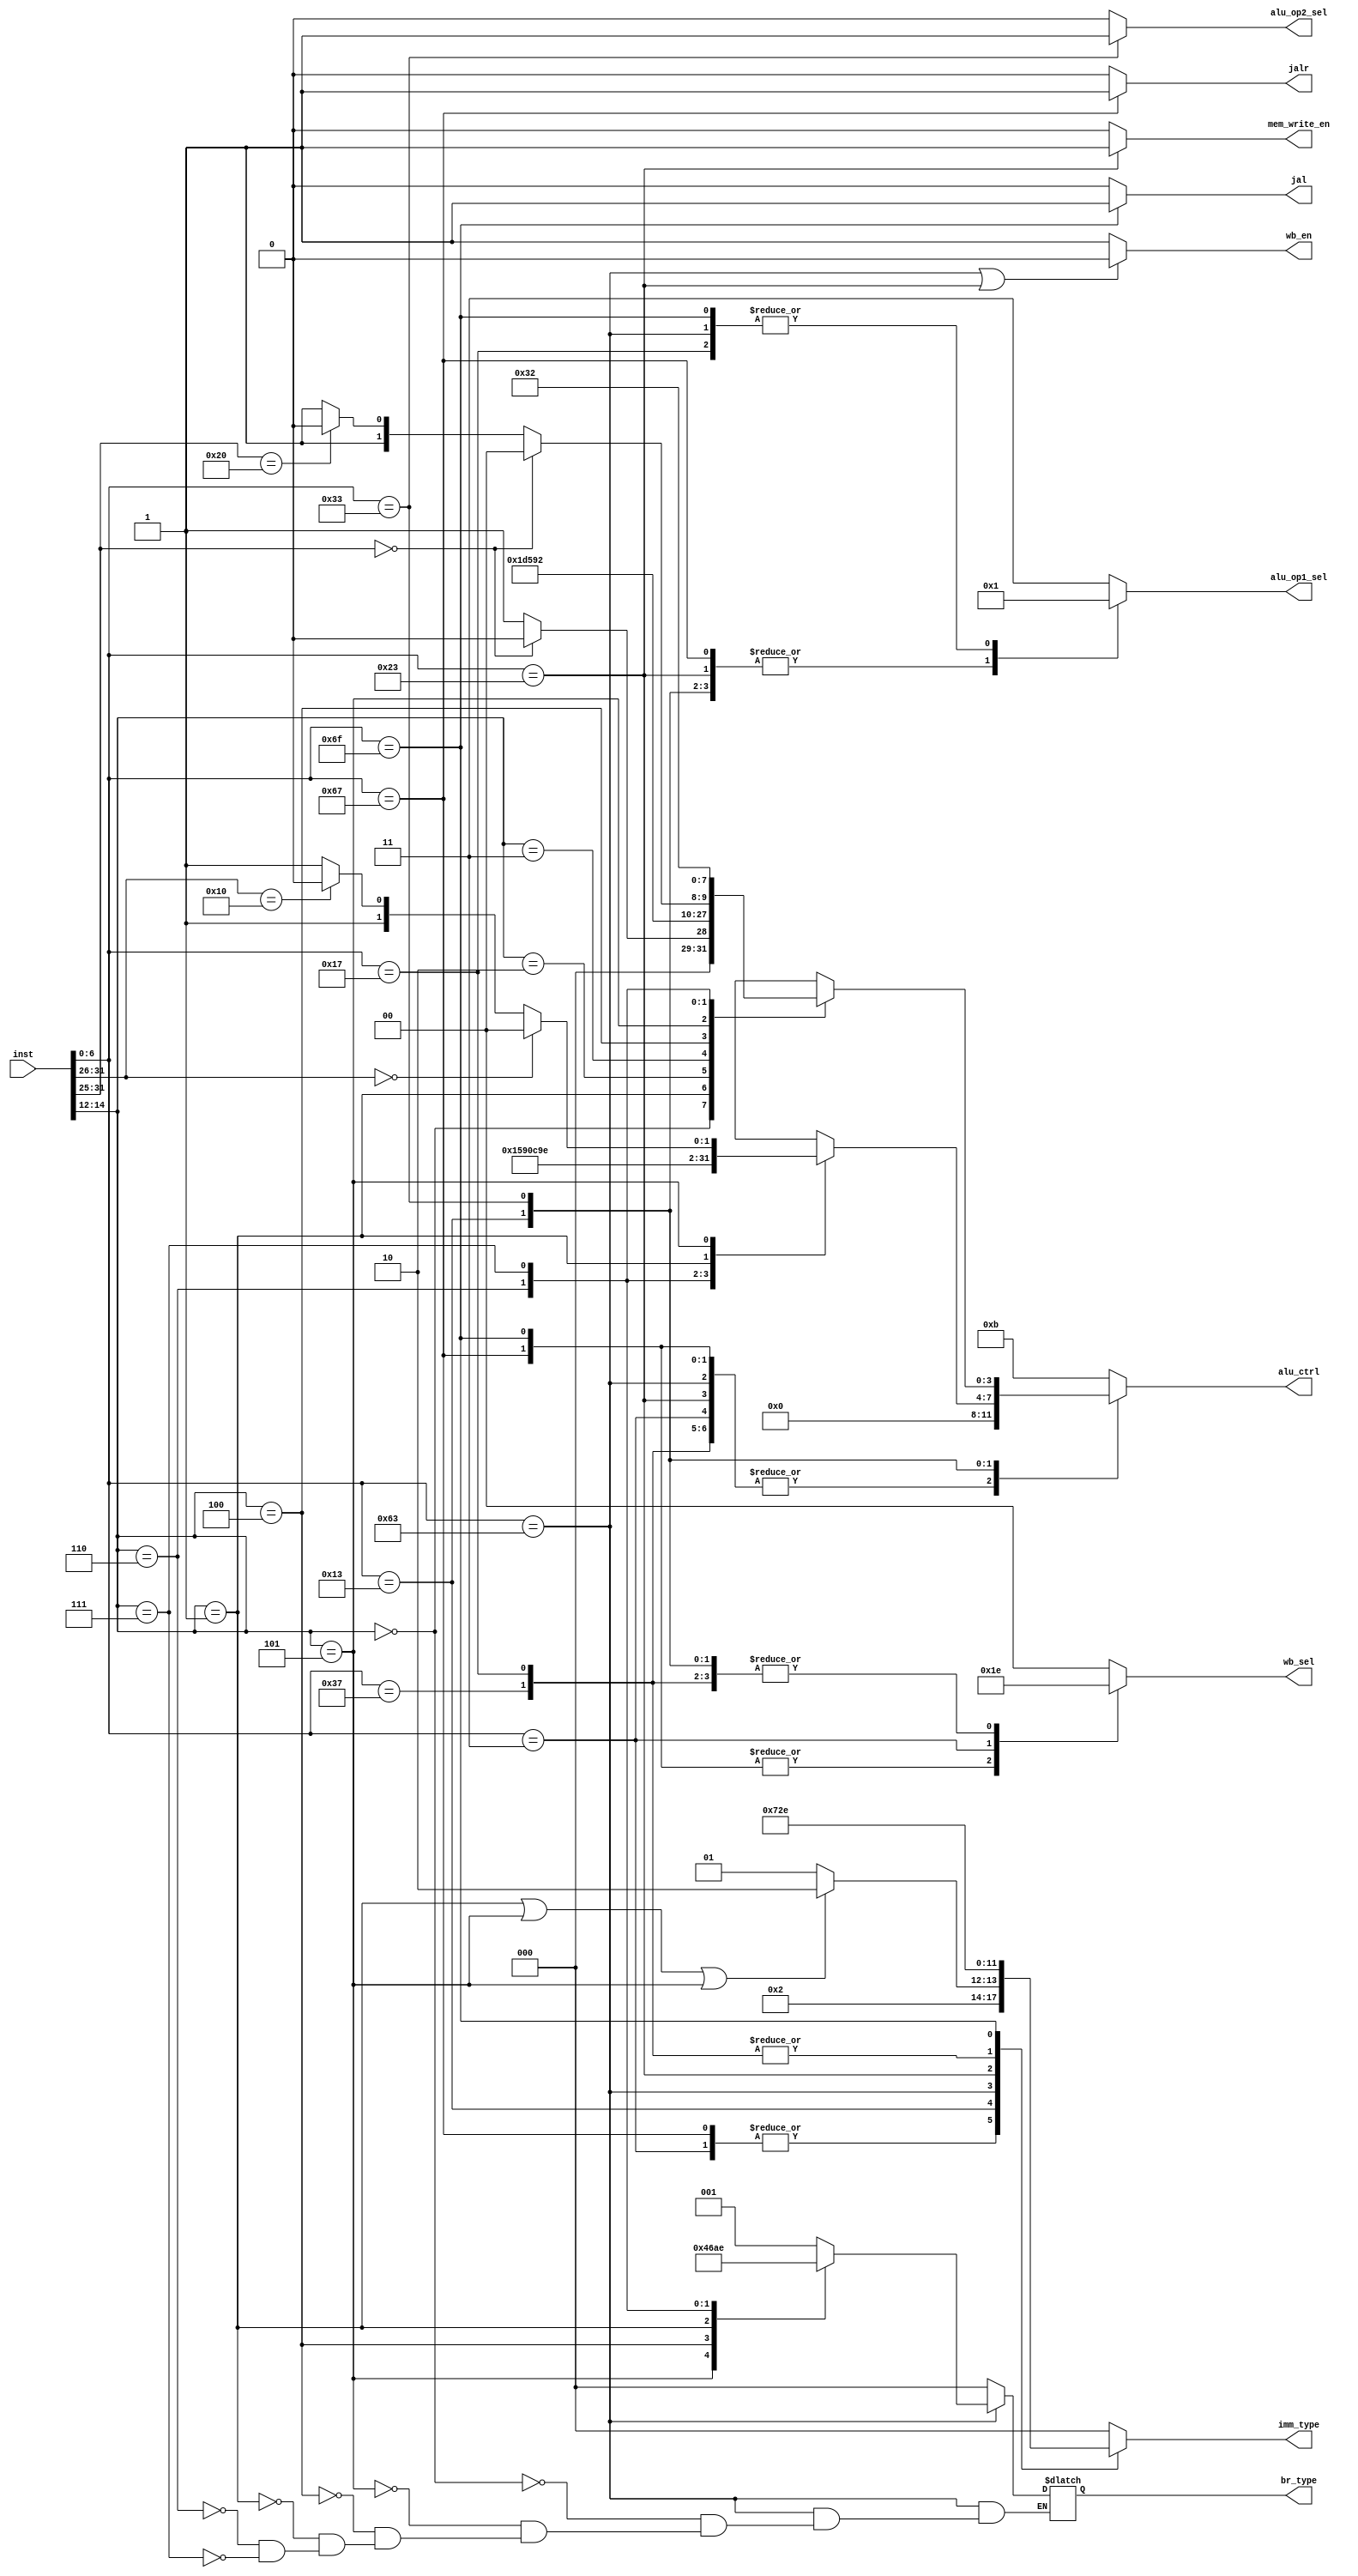
`timescale 1ns / 1ps

module CTRL(
input [31:0] inst,
output reg jal,
output reg jalr,
output reg [2:0] br_type,
output reg wb_en,
output reg [1:0] wb_sel,
output reg [1:0] alu_op1_sel,
output reg alu_op2_sel,
output reg [3:0] alu_ctrl,
output reg [2:0] imm_type,
output reg mem_write_en
);

//ALU
parameter alu_add=4'd0;
parameter alu_sub=4'd1;
parameter alu_and=4'd2;
parameter alu_or=4'd3;
parameter alu_xor=4'd4;
parameter alu_compare=4'd5;
parameter alu_compare_u=4'd6;
parameter alu_left_logic=4'd7;
parameter alu_right_logic=4'd8;
parameter alu_left_count=4'd9;
parameter alu_right_count=4'd10;
parameter alu_wrong_input=4'd11;

//
parameter write_back_choose_NAN=2'd0;
parameter write_back_choose_pc_add4=2'd1;
parameter write_back_choose_alu_res=2'd2;
parameter write_back_choose_mem_read_data=2'd3;

//ALUop1
parameter op1_choose_rd0=2'd0;
parameter op1_choose_pc=2'd1;
parameter op1_choose_zero=2'd3;

//ALUop2
parameter op2_choose_rd1=1;
parameter op2_choose_imm=0;

//imm
parameter imm_type_I=4'd1;
parameter imm_type_Ishamt=4'd2;
parameter imm_type_B=4'd3;
parameter imm_type_S=4'd4;
parameter imm_type_U=4'd5;
parameter imm_type_J=4'd6;
parameter imm_type_NAN=4'd0;

//br
parameter br_type_NAN=3'd0;
parameter br_type_beq=3'd1;
parameter br_type_bne=3'd2;
parameter br_type_blt=3'd3;
parameter br_type_bge=3'd4;
parameter br_type_bltu=3'd5;
parameter br_type_bgeu=3'd6;

//
parameter op1_U_lui=7'b0110111;
parameter op1_U_auipc=7'b0010111;
parameter op1_J_jal=7'b1101111;
parameter op1_I_jalr=7'b1100111;
parameter op1_I_type1=7'b0000011;
parameter op1_I_type2=7'b0010011;
parameter op1_B=7'b1100011;
parameter op1_S=7'b0100011;
parameter op1_R=7'b0110011;

parameter op2_I_type1_lw=3'b010;
parameter op2_I_type2_addi=3'b000;
parameter op2_I_type2_slti=3'b010;
parameter op2_I_type2_sltiu=3'b011;
parameter op2_I_type2_xori=3'b100;
parameter op2_I_type2_ori=3'b110;
parameter op2_I_type2_andi=3'b111;
parameter op2_Ishamt_slli=3'b001;
parameter op2_Ishamt_srli=3'b101;
parameter op2_Ishamt_srai=3'b101;
parameter op2_B_beq=3'b000;
parameter op2_B_bne=3'b001;
parameter op2_B_blt=3'b100;
parameter op2_B_bge=3'b101;
parameter op2_B_bltu=3'b110;
parameter op2_B_bgeu=3'b111;
parameter op2_S_sw=3'b010;
parameter op2_R_add=3'b000;
parameter op2_R_sub=3'b000;
parameter op2_R_sll=3'b001;
parameter op2_R_slt=3'b010;
parameter op2_R_sltu=3'b011;
parameter op2_R_xor=3'b100;
parameter op2_R_srl=3'b101;
parameter op2_R_sra=3'b101;
parameter op2_R_or=3'b110;
parameter op2_R_and=3'b111;

parameter op3_Ishamt_srli=6'b000000;
parameter op3_Ishamt_srai=6'b010000;
parameter op3_R_add=7'b0000000;
parameter op3_R_sub=7'b0100000;
parameter op3_R_srl=7'b0000000;
parameter op3_R_sra=7'b0100000;
parameter op3_R_else=7'b0000000;

always@(*)
begin
    //jal
    begin
        if(inst[6:0]==op1_J_jal)
        jal = 1;
        else
        jal = 0;
    end

    //jalr
    begin
        if(inst[6:0]==op1_I_jalr)
        jalr = 1;
        else
        jalr = 0;
    end
    //br_type
    begin
    if(inst[6:0]==op1_B)
    begin
        case(inst[14:12])
        op2_B_beq:br_type = br_type_beq;
        op2_B_bge:br_type = br_type_bge;
        op2_B_blt:br_type = br_type_blt;
        op2_B_bne:br_type = br_type_bne;
        op2_B_bltu:br_type = br_type_bltu;
        op2_B_bgeu:br_type = br_type_bgeu;
        endcase
    end
    else 
    br_type = br_type_NAN;
    end

    //wb_en
    begin
      if(inst[6:0]==op1_B|inst[6:0]==op1_S)
      wb_en = 0;
      else
      wb_en = 1;
    end

    //wb_sel
    begin
      case(inst[6:0])
      op1_B:wb_sel = write_back_choose_NAN;
      op1_S:wb_sel = write_back_choose_NAN;
      op1_U_lui:wb_sel = write_back_choose_alu_res;
      op1_U_auipc:wb_sel = write_back_choose_alu_res;
      op1_J_jal:wb_sel = write_back_choose_pc_add4;
      op1_I_jalr:wb_sel = write_back_choose_pc_add4;
      op1_I_type1:wb_sel = write_back_choose_mem_read_data;
      op1_I_type2:wb_sel = write_back_choose_alu_res;
      op1_R:wb_sel = write_back_choose_alu_res;
      default:wb_sel = write_back_choose_NAN;
      endcase
    end

    //alu_op1_sel
    begin
    case(inst[6:0])
    op1_I_jalr:alu_op1_sel = op1_choose_rd0;
    op1_I_type1:alu_op1_sel = op1_choose_rd0;
    op1_I_type2:alu_op1_sel = op1_choose_rd0;
    op1_R:alu_op1_sel = op1_choose_rd0;
    op1_S:alu_op1_sel = op1_choose_rd0;
    op1_B:alu_op1_sel = op1_choose_pc;
    op1_U_auipc:alu_op1_sel = op1_choose_pc;
    op1_U_lui:alu_op1_sel = op1_choose_zero;
    op1_J_jal:alu_op1_sel = op1_choose_pc;
    default:alu_op1_sel = op1_choose_zero;
    endcase  
    end

    //alu_op2_sel
    begin
    if(inst[6:0]==op1_R)
    alu_op2_sel = op2_choose_rd1;
    else
    alu_op2_sel = op2_choose_imm;
    end

    //alu_ctrl
    begin
      case(inst[6:0])
      op1_U_lui:alu_ctrl = alu_add;
      op1_U_auipc:alu_ctrl = alu_add;
      op1_J_jal:alu_ctrl = alu_add;
      op1_I_jalr:alu_ctrl = alu_add;
      op1_B:alu_ctrl = alu_add;
      op1_I_type1:alu_ctrl = alu_add;
      op1_S:alu_ctrl = alu_add;
      op1_I_type2:
        begin
        case(inst[14:12])
        op2_I_type2_addi:alu_ctrl = alu_add;
        op2_I_type2_slti:alu_ctrl = alu_compare;
        op2_I_type2_sltiu:alu_ctrl = alu_compare_u;
        op2_I_type2_xori:alu_ctrl = alu_xor;
        op2_I_type2_ori:alu_ctrl = alu_or;
        op2_I_type2_andi:alu_ctrl = alu_and;
        op2_Ishamt_slli:alu_ctrl = alu_left_logic;
        op2_Ishamt_srli:
        begin
            if(inst[31:26]==op3_Ishamt_srli)
            alu_ctrl = alu_right_logic;
            else if(inst[31:26]==op3_Ishamt_srai)
            alu_ctrl = alu_right_count;
            else 
            alu_ctrl = alu_wrong_input;
        end
        default:alu_ctrl = alu_wrong_input;
        endcase
        end
      op1_R:
        begin
        case(inst[14:12])
        op2_R_add:
        begin
         if(inst[31:25]==op3_R_add)
          alu_ctrl = alu_add;
          else
        alu_ctrl = alu_sub;
        end
        op2_R_sll:alu_ctrl = alu_left_logic;
        op2_R_slt:alu_ctrl = alu_compare;
        op2_R_sltu:alu_ctrl = alu_compare_u;
        op2_R_xor:alu_ctrl = alu_xor;
        op2_R_srl:
        begin
            if(inst[31:25]==op3_R_srl)
            alu_ctrl = alu_right_logic;
            else if(inst[31:25]==op3_R_sra)
            alu_ctrl = alu_right_count;
            else
            alu_ctrl = alu_wrong_input;
        end
        op2_R_or:alu_ctrl = alu_or;
        op2_R_and:alu_ctrl = alu_and;
        default:alu_ctrl = alu_wrong_input;
        endcase
        end
      default:alu_ctrl = alu_wrong_input;
      endcase
    end

    //imm_type
    begin
    case(inst[6:0])
    op1_I_jalr:imm_type = imm_type_I;
    op1_I_type1:imm_type = imm_type_I;
    op1_I_type2:
    begin
      if(inst[14:12]==op2_Ishamt_slli|inst[14:12]==op2_Ishamt_srai|inst[14:12]==op2_Ishamt_srli)
      imm_type = imm_type_Ishamt;
      else
      imm_type = imm_type_I;
    end
    op1_B:imm_type = imm_type_B;
    op1_S:imm_type = imm_type_S;
    op1_U_lui:imm_type = imm_type_U;
    op1_U_auipc:imm_type = imm_type_U;
    op1_J_jal:imm_type = imm_type_J;
    default:imm_type = imm_type_NAN;        
    endcase
    end

    //mem_write_en
    begin
      if(inst[6:0]==op1_S)
      mem_write_en = 1;
      else
      mem_write_en = 0;
    end

end
endmodule